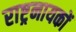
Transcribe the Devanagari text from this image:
राष्ट्रनायकों